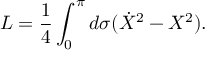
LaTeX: L = \frac { 1 } { 4 } \int _ { 0 } ^ { \pi } d \sigma ( \dot { X } ^ { 2 } - X ^ { 2 } ) .